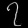
Digit: ၇